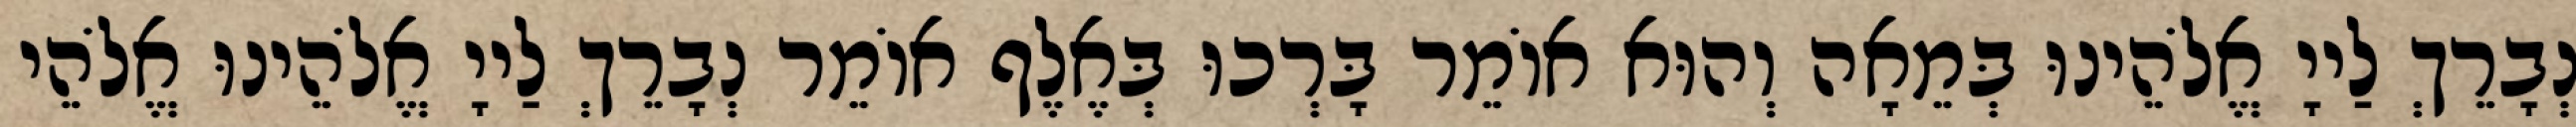
נְבָרֵךְ לַייָ אֱלֹהֵינוּ בְּמֵאָה וְהוּא אוֹמֵר בָּרְכוּ בְּאֶלֶף אוֹמֵר נְבָרֵךְ לַייָ אֱלֹהֵינוּ אֱלֹהֵי